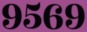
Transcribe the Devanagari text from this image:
९५६९